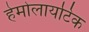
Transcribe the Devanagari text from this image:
हेमोलायटिक